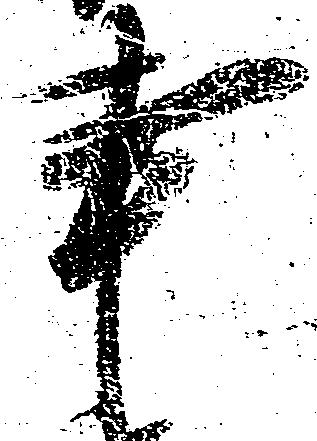
事